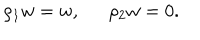
\rho _ { 1 } w = w , \, \, \, \, \, \, \, \, \, \rho _ { 2 } w = 0 .